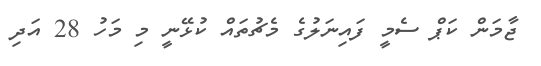
ޖާމަން ކަޕް ސެމީ ފައިނަލުގެ މެޗުތައް ކުޅޭނީ މި މަހު 28 އަދި